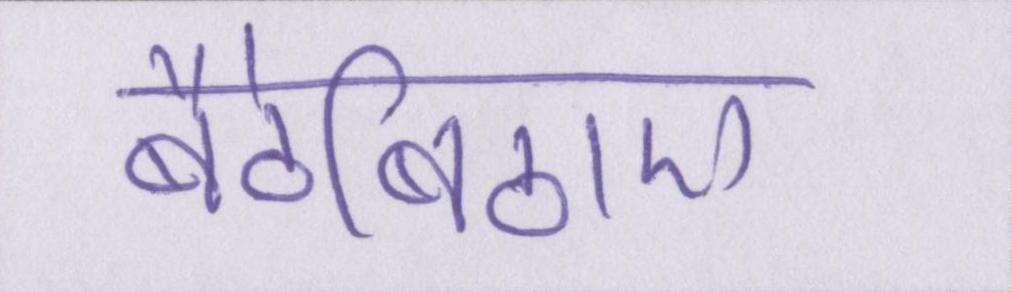
बैठेबिठाए